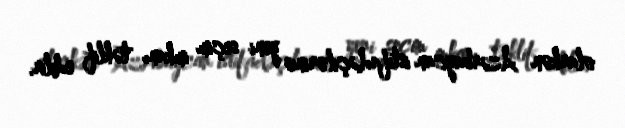
olarkən Azərbaycan istifadəçilərinə yeni seçim imkanı təklif edilir.